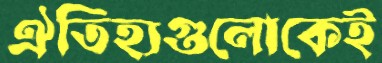
ঐতিহ্যগুলোকেই